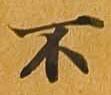
不